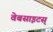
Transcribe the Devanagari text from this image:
वेबसाइटस्